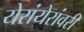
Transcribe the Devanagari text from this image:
येरांयेरांवरी